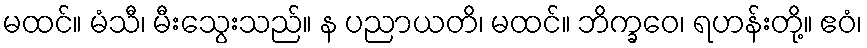
မထင်။ မံသီ၊ မီးသွေးသည်။ န ပညာယတိ၊ မထင်။ ဘိက္ခဝေ၊ ရဟန်းတို့။ ဧဝံ၊